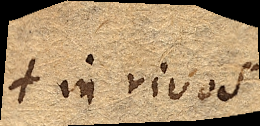
in rivos